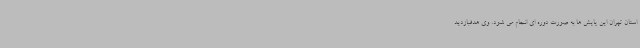
استان تهران این پایش ها به صورت دوره ای انجام می شود. وی هدفبازدید